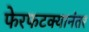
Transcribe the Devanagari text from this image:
फेरफटक्यानंतर